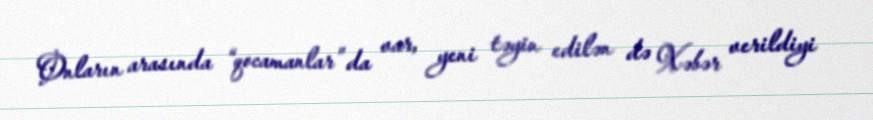
Onların arasında “qocamanlar” da var, yeni təyin edilən də Xəbər verildiyi